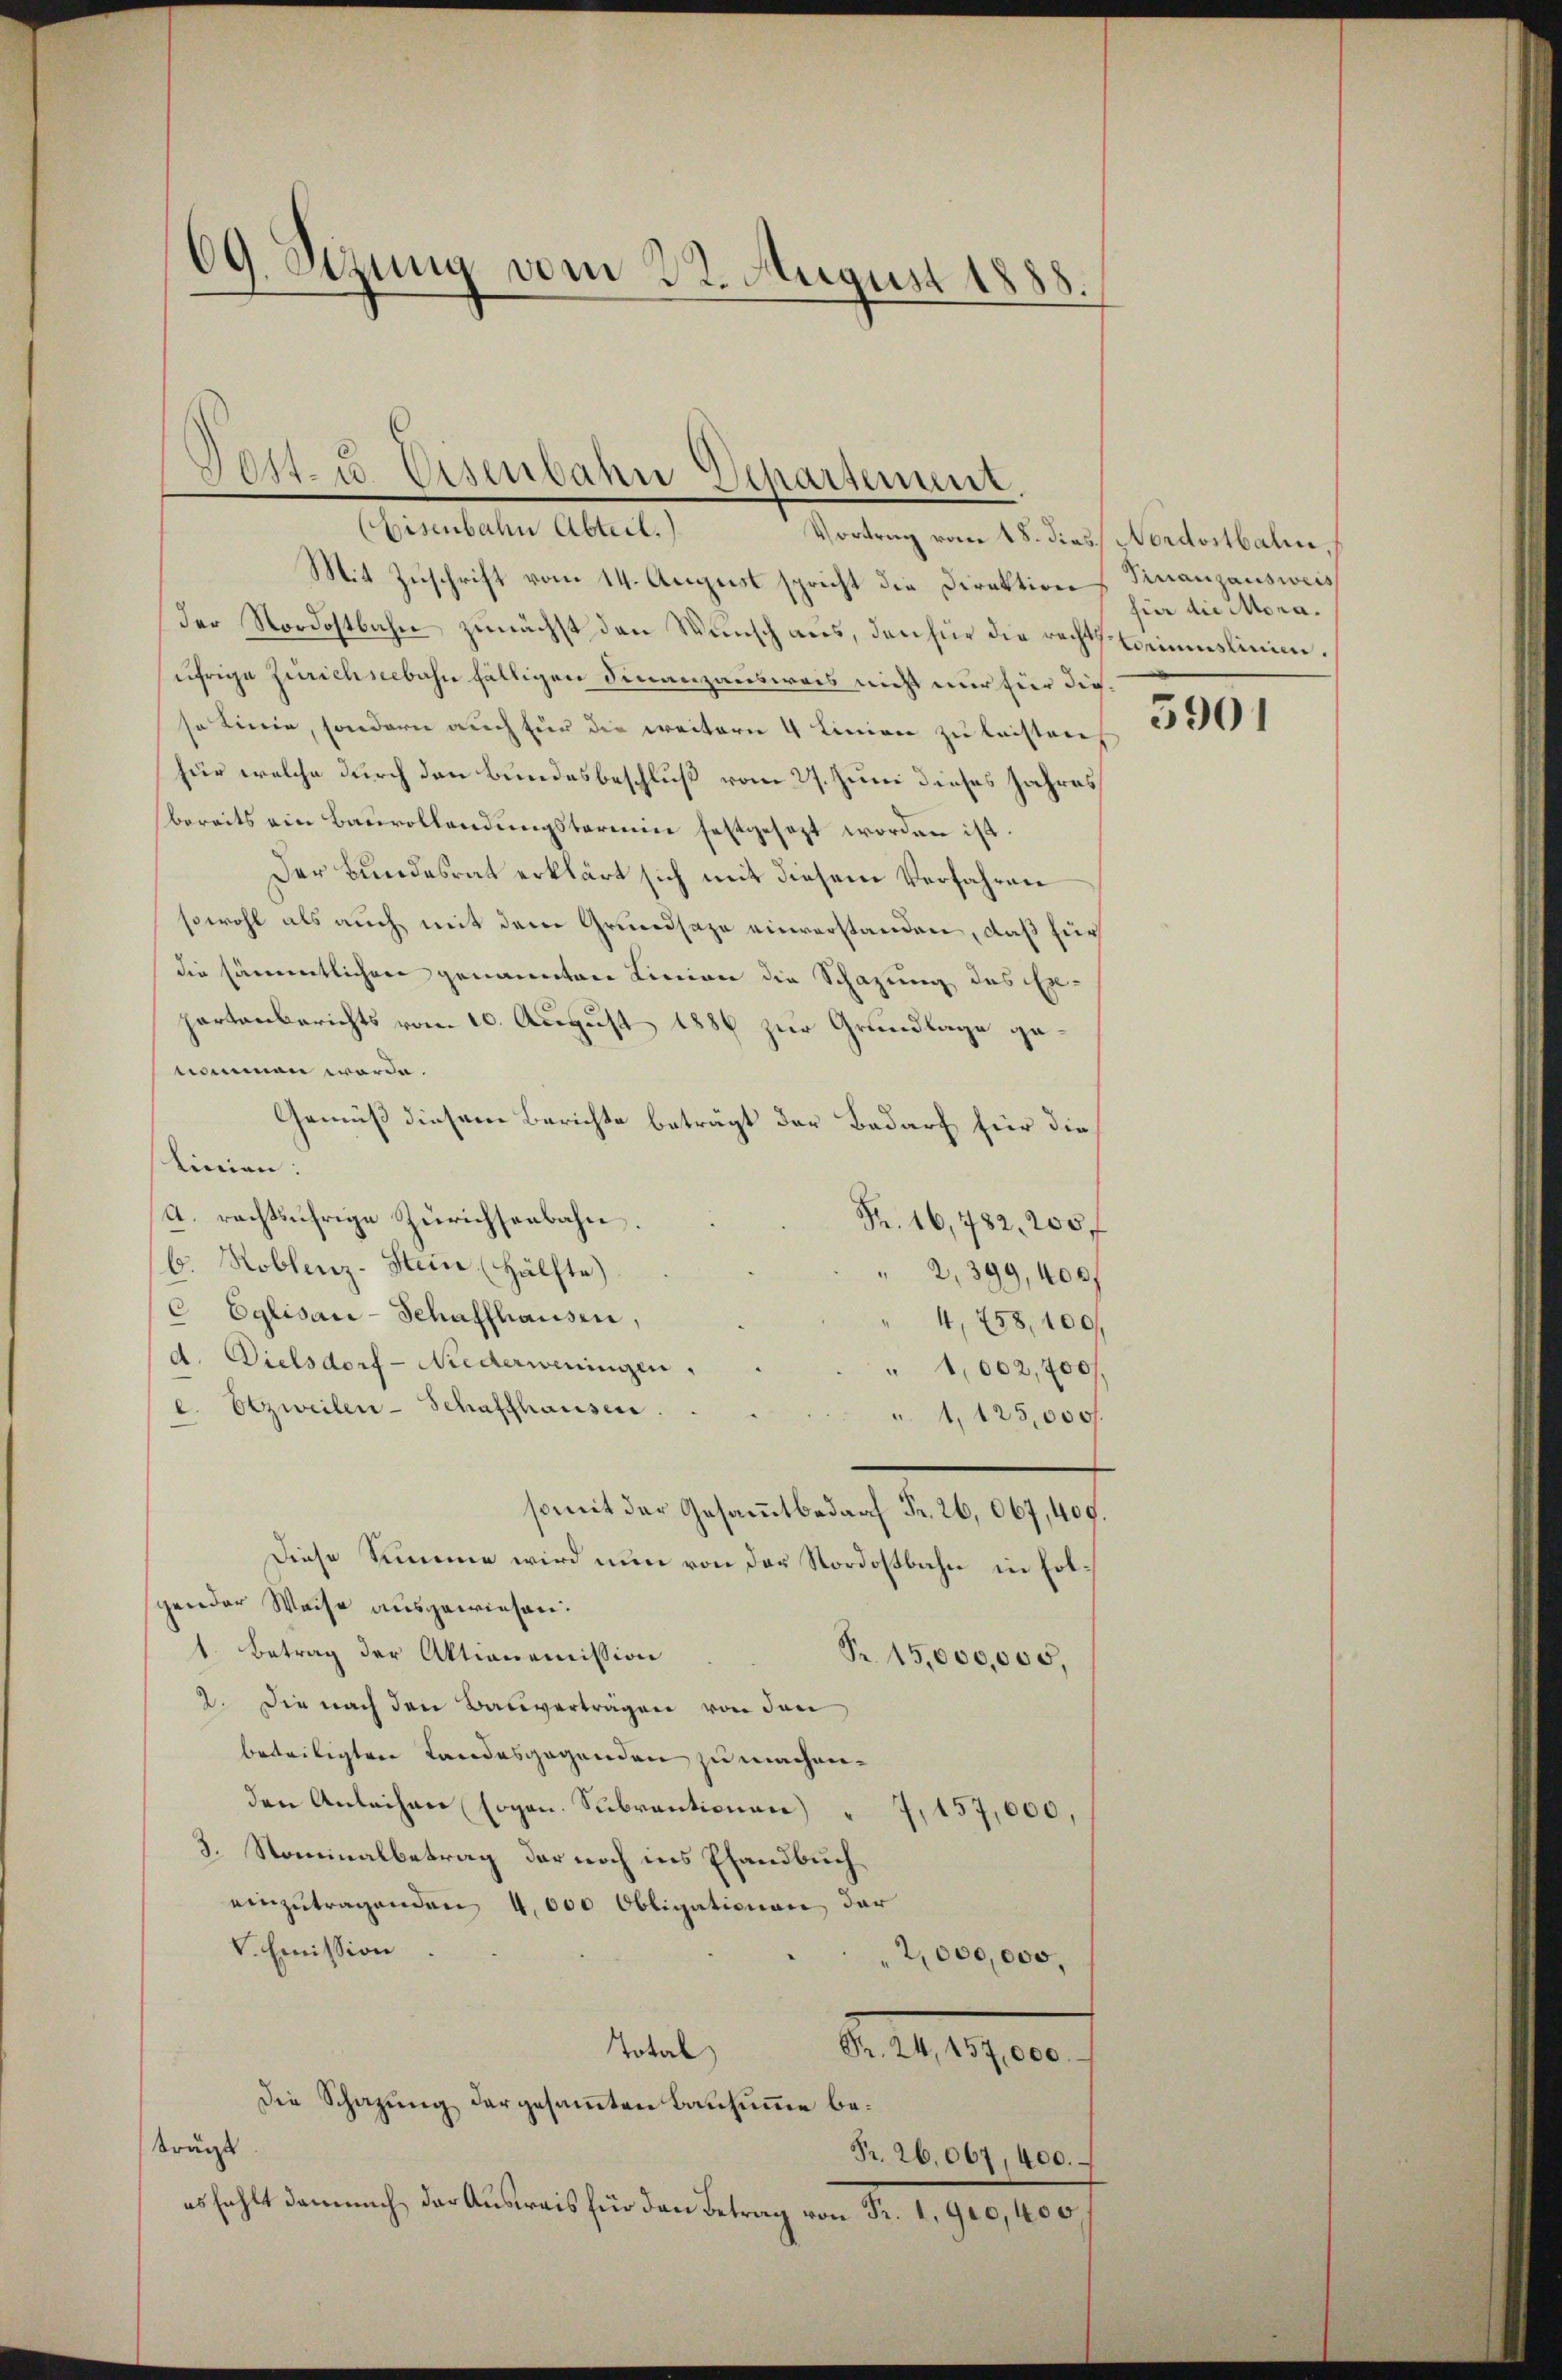
69. Sizung vom 22. August 1888.

Post. u. Eiser
in Departement.
Eisenbahn Abteil.
Vortrag vom 18. dies Nordostbahn,

Mit Zuschrift vom 14. August spricht die Direktion
der Nordostbahn zunächst den Wunsch aus, den für die rechts Commislinien.
ährige Zürichseebahn fälligen Finanzausweis nicht nur für dieso Linie, sondern auch für die weitern 4 Linien zu leistens
für welche durch den Bundesbeschluß vom 27. Juni dieses Jahres
bereits ein Bauvollendungstermin festgesezt worden ist.
Der Bundesrat erklärt sich mit diesem Verfahren
sowohl als auch mit dem Grundsaze einverstanden, daß für
die sämmtlichen genannten Linien die Schazung des Ex-
partenberichts vom 10. August 1886 zur Grundlage genommen worde.
Gemäß diesem Berichte beträgt der Bedarf für die
linien:
A. rachtjährige Zürichsenbahn
Fr. 16,782, 200 f
6. Roblenz-Stein Hälfte)
2,399, 400f
 Eglisau-Schaffhausen,
4,758,100/
d. Dielsdorf-Niederweningen.
" 1,002,700f
e. Etzweilen-Schaffhausen
 1, 125,000.
somit der Gesammtbedarf Fr. 26,067, 409.
Diese Summe wird nun von der Nordostbahn in Folgender Weise ausgewiesen.
1. Betrag der Aktionemission
Nr. 15,000,000,
2. Die nach den Bauverträgen von den
beteiligten Landesgegenden zu machenden Anleihen sogen. Subventionen)
1,157,000,
3. Nominalbetrag der noch ins Pfandbuch
einzutragenden 4,000 Obligationen der
V. Emission
2,000,000,
Total
Pr. 24, 457,000.
Die Schazung der gesammten Bausumme beträgt
Fr. 26.067, 400.
es fehlt damnach der Ausweis für den Betrag von Fr. 1. 940,400

Finanzausweis
für die Mona¬

5901